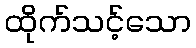
ထိုက်သင့်သော